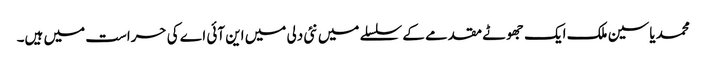
محمد یاسین ملک ایک جھوٹے مقدمے کے سلسلے میں نئی دلی میں این آئی اے کی حراست میں ہیں۔